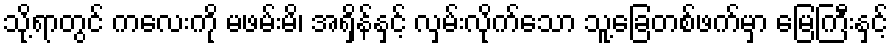
သို့ရာတွင် ကလေးကို မဖမ်းမိ၊ အရှိန်နှင့် လှမ်းလိုက်သော သူ့ခြေတစ်ဖက်မှာ မြေကြီးနှင့်